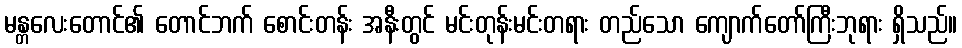
မန္တလေးတောင်၏ တောင်ဘက် စောင်းတန်း အနီးတွင် မင်းတုန်းမင်းတရား တည်သော ကျောက်တော်ကြီးဘုရား ရှိသည်။